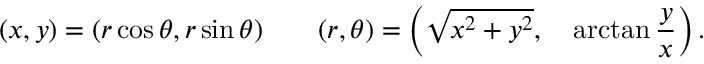
( x , y ) = ( r \cos \theta , r \sin \theta ) \qquad ( r , \theta ) = \left( { \sqrt { x ^ { 2 } + y ^ { 2 } } } , \quad \arctan { \frac { y } { x } } \right) .